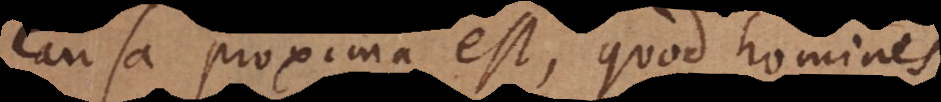
causa proxima est, quod homines